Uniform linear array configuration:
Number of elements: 16
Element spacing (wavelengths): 0.5
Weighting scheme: hann
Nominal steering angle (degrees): -45
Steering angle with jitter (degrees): -45.354
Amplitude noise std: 0.05
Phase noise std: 0.05

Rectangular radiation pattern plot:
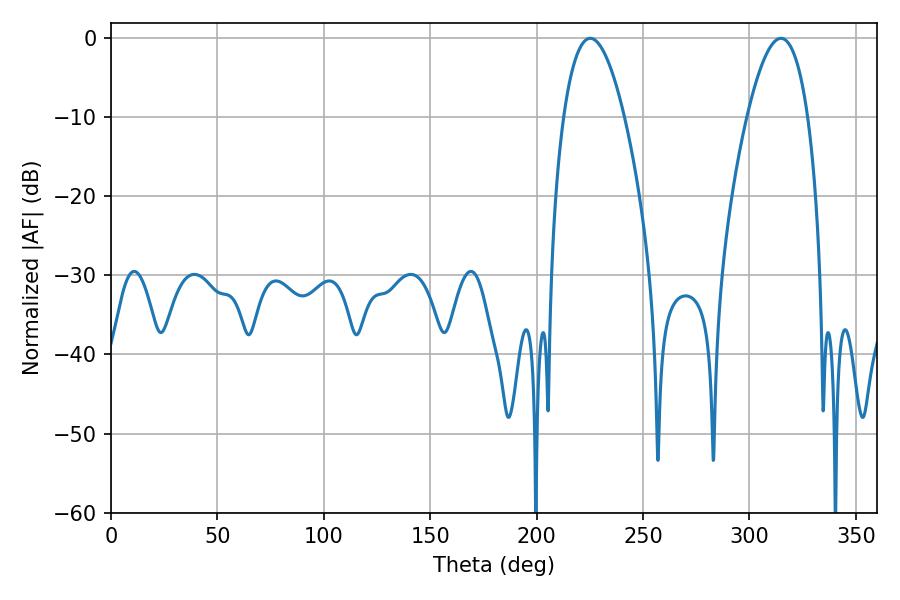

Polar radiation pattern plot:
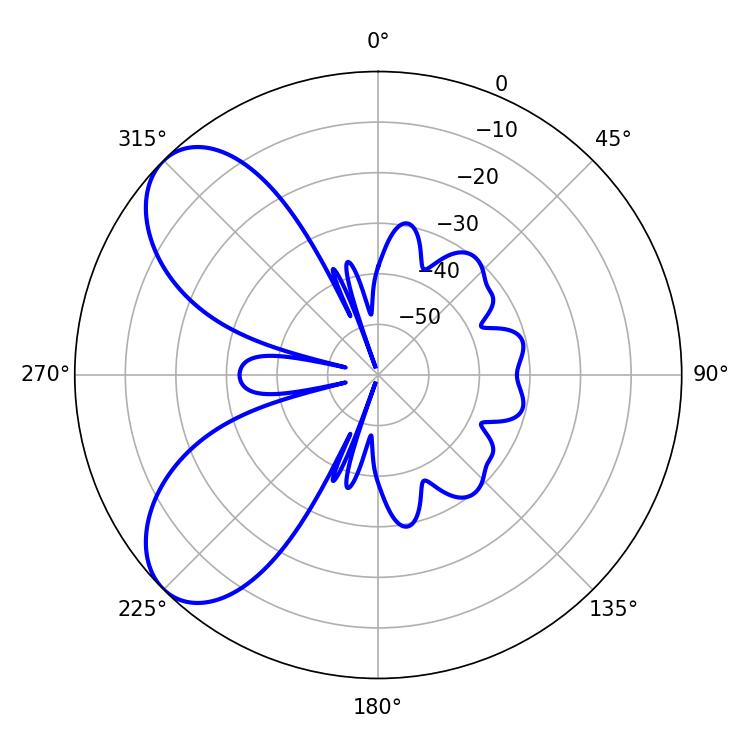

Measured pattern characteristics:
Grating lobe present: FALSE
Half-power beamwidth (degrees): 15.84
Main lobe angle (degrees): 225.18